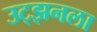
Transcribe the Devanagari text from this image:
उट्झनला